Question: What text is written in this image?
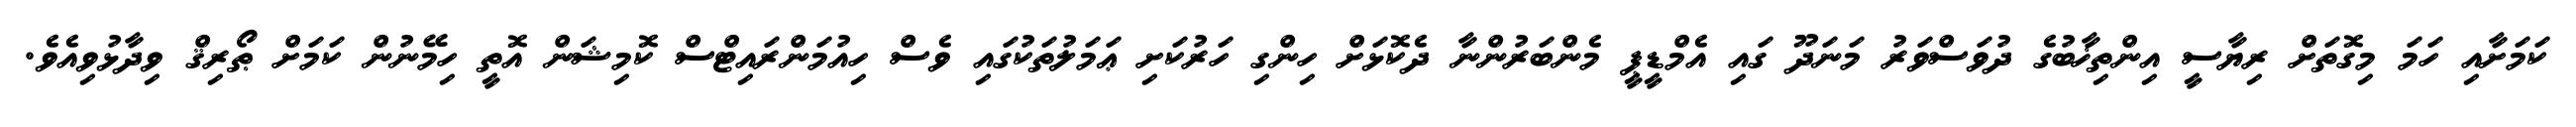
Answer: ކަމަށާއި ހަމަ މިގޮތަށް ރިޔާސީ އިންތިޚާބުގެ ދުވަސްވަރު މަނަދޫ ގައި އެމްޑީޕީ މެންބަރުންނާ ދެކޮޅަށް ހިންގި ހަރުކަށި ޢަމަލުތަކުގައި ވެސް ހިއުމަންރައިޓްސް ކޮމިޝަން އޮތީ ހިމޭނުން ކަމަށް ޠޯރިޤް ވިދާޅުވިއެވެ.